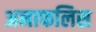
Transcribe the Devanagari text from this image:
अनाफलिस